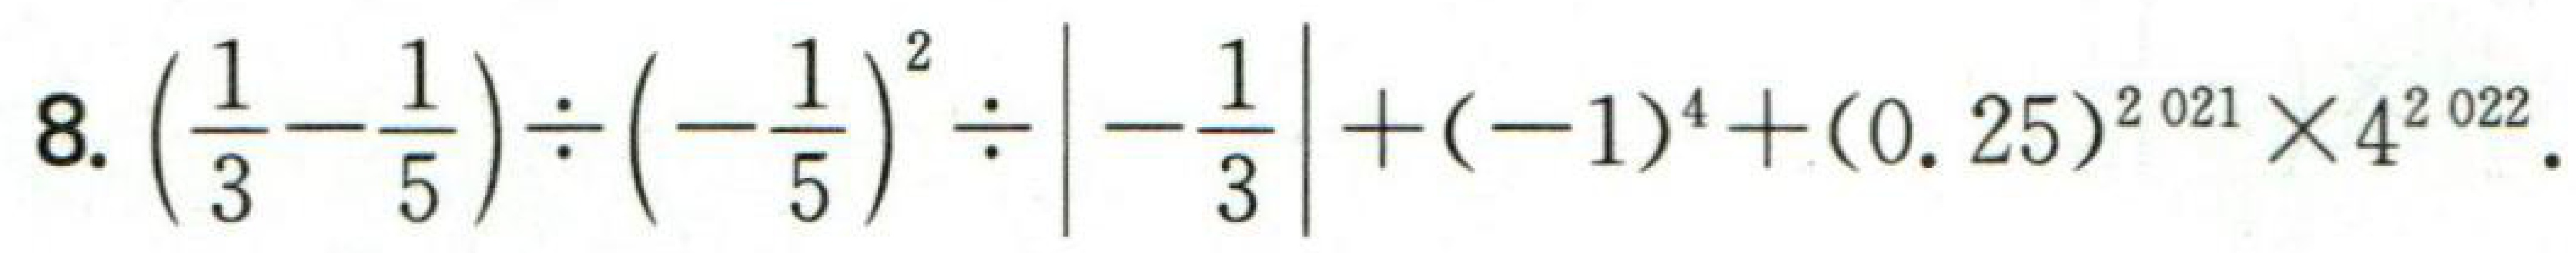
$8.\left(\dfrac{1}{3}-\dfrac{1}{5}\right)\div\left(-\dfrac{1}{5}\right)^{2}\div\left|-\dfrac{1}{3}\right|+(-1)^{4}+(0.25)^{2021}\times4^{2022}.$